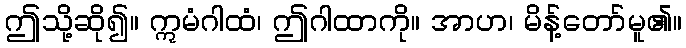
ဤသို့ဆို၍။ ဣမံဂါထံ၊ ဤဂါထာကို။ အာဟ၊ မိန့်တော်မူ၏။